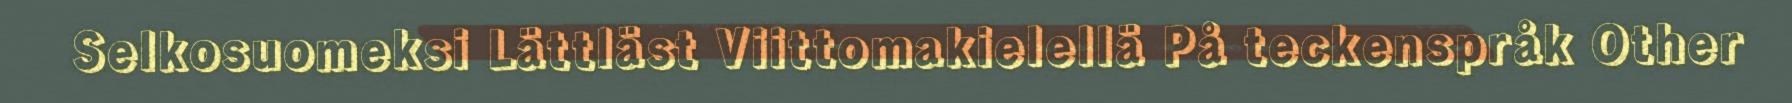
Selkosuomeksi Lättläst Viittomakielellä På teckenspråk Other